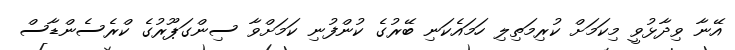
އޭނާ ވިދާޅުވީ މިކަމަށް ކުރިމަތިލި ހަމައެކަނި ބޭރުގެ ކުންފުނި ކަމަށްވާ ސިންގަޕޫރުގެ ކްރެސެންޑާސް